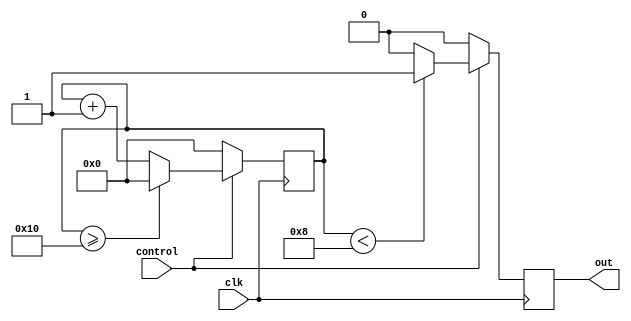
module duty_cycle_pulse_generator(
    input wire clk,
    input wire control,
    output reg out
);

reg [31:0] count;
reg [31:0] pulse_width = 16'b1000; // Specify pulse width here
reg [31:0] total_period = 16'b10000; // Specify total period here

always @ (posedge clk) begin
    if (control == 1'b1) begin
        count <= count + 1;
        if (count < pulse_width) begin
            out <= 1'b1;
        end else begin
            out <= 1'b0;
        end
        
        if (count >= total_period) begin
            count <= 0;
        end
    end else begin
        count <= 0;
        out <= 1'b0;
    end
end

endmodule